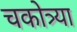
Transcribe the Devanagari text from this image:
चकोत्र्या